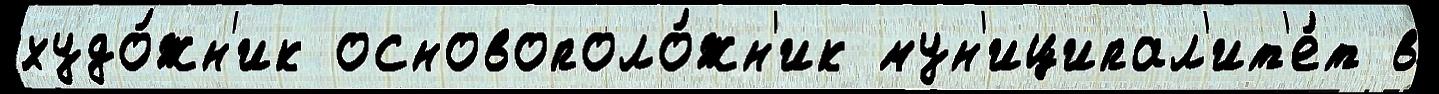
худо́жн'ик основополо́жн'ик мун'иципал'ит'е́т в